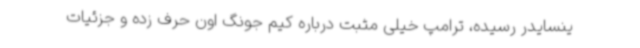
ینسایدر رسیده، ترامپ خیلی مثبت درباره کیم جونگ اون حرف زده و جزئیات